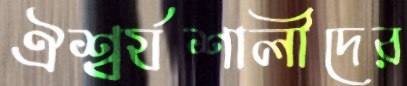
ঐশ্বর্যশালীদের